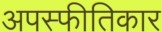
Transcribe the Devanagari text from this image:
अपस्फीतिकार